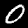
Label: 0